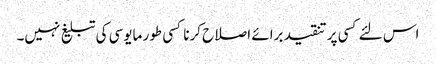
اس لئے کسی پر تنقید برائے اصلاح کرنا کسی طور مایوسی کی تبلیغ نہیں۔